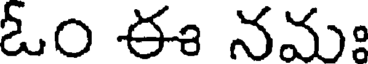
ఓం ఈ నమః